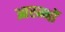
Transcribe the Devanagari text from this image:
आरम्भों